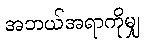
အဘယ်အရာကိုမျှ